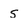
Character: 5